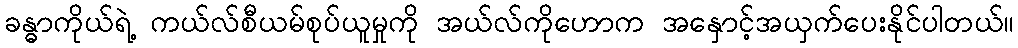
ခန္ဓာကိုယ်ရဲ့ ကယ်လ်စီယမ်စုပ်ယူမှုကို အယ်လ်ကိုဟောက အနှောင့်အယှက်ပေးနိုင်ပါတယ်။